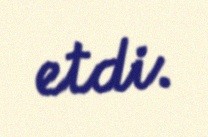
etdi.